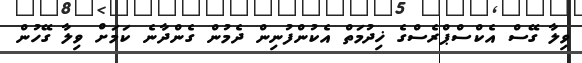
ވިލާ ގޭސް އެކްސްޕްރެސްގެ ޚިދުމަތް އެކުންފުނިން ދެމުން ގެންދާނެ ކަމަށް ވިލާ ގޭހުން